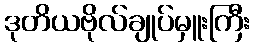
ဒုတိယဗိုလ်ချုပ်မှူးကြီး